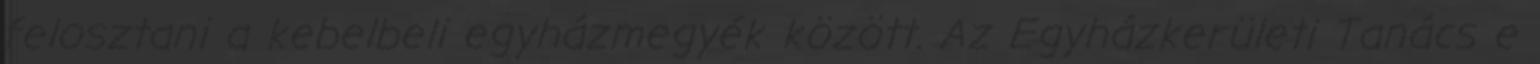
felosztani a kebelbeli egyházmegyék között. Az Egyházkerületi Tanács e